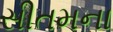
સીતમના